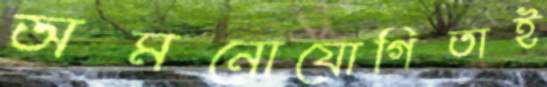
অমনোযোগিতাই